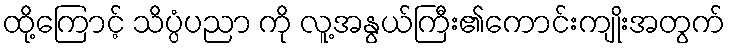
ထို့ကြောင့် သိပ္ပံပညာ ကို လူ့အနွယ်ကြီး၏ကောင်းကျိုးအတွက်